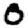
Digit: 0